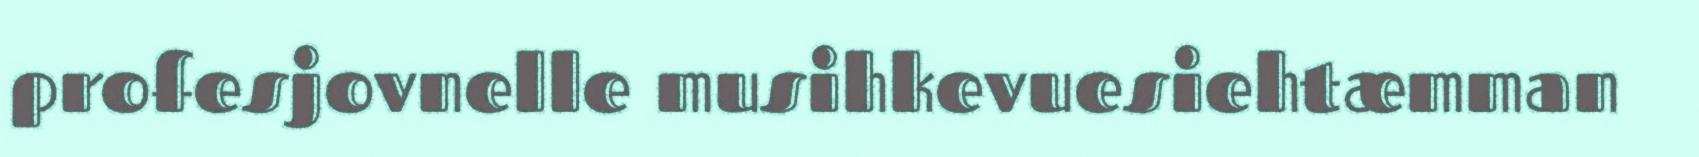
profesjovnelle musihkevuesiehtæmman